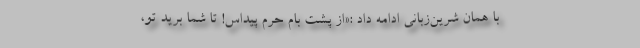
با همان شرین‌زبانی ادامه داد :«از پشت بام حرم پیداس! تا شما برید تو،